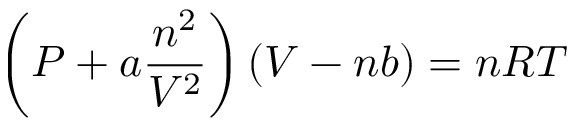
\left( P + a { \frac { n ^ { 2 } } { V ^ { 2 } } } \right) ( V - n b ) = n R T